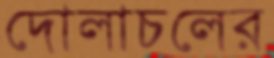
দোলাচলের